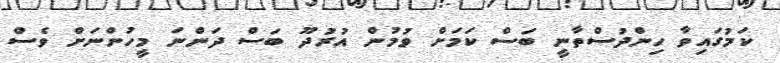
ކަމުގައިވާ ހިންދުސްތާނީ ބަސް ކަމަށް ވުމުން އުރުދޫ ބަސް ދަންނަ މީހުންނަށް ވެސް